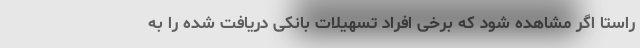
راستا اگر مشاهده شود که برخی افراد تسهیلات بانکی دریافت شده را به